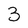
Character: 3